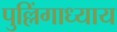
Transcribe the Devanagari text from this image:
पुल्लिंगाध्याय